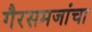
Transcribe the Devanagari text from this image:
गैरसमजांचा